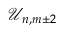
\mathcal { U } _ { n , m \pm 2 }